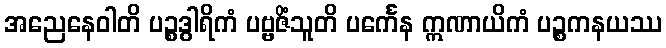
အညေနေဝါတိ ပဉ္စဒွါရိကံ ပဗ္ဗဇိံသူတိ ပင်္ကေန ဣဏာယိကံ ပဉ္စကနယဿ